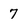
Character: 7